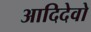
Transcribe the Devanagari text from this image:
आदिदेवो